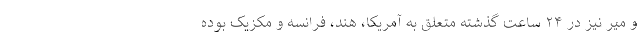
و میر نیز در ۲۴ ساعت گذشته متعلق به آمریکا، هند،‌ فرانسه و مکزیک بوده